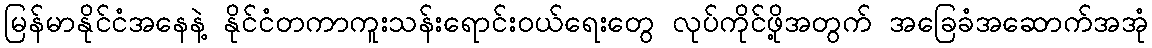
မြန်မာနိုင်ငံအနေနဲ့ နိုင်ငံတကာကူးသန်းရောင်းဝယ်ရေးတွေ လုပ်ကိုင်ဖို့အတွက် အခြေခံအဆောက်အအုံ